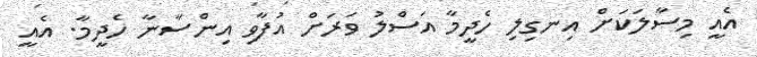
އެއީ މިސާލަކަށް އިނގިލި ހެދީމާ އަސްލު ވަރަށް އުފާވި އިންސާނާ ހެދީމާ. އެއީ